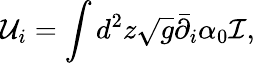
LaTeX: {\mathcal U}_{i}=\int d^{2}z\sqrt{g}\bar{\partial}_{i}\alpha_{0}\mathcal I,